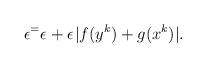
LaTeX: \begin{align*}\epsilon^ = \epsilon^{} + \epsilon^{}|f(y^k) + g(x^k)|.\end{align*}